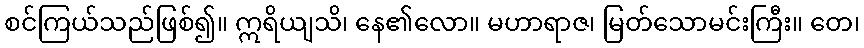
စင်ကြယ်သည်ဖြစ်၍။ ဣရိယျသိ၊ နေ၏လော။ မဟာရာဇ၊ မြတ်သောမင်းကြီး။ တေ၊